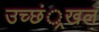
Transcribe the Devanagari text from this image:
उच्छं्रखल